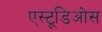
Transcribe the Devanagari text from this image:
एस्टूडिओस